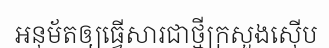
អនុម័តឲ្យធ្វើសារជាថ្មីក្រសួងស៊ើប